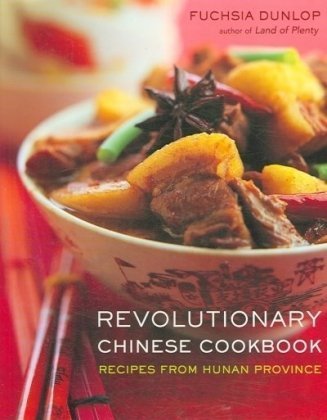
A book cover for Revolutionary Chinese Cookbook: Recipes from Hunan Province; Fuchsia Dunlop; Cookbooks, Food & Wine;